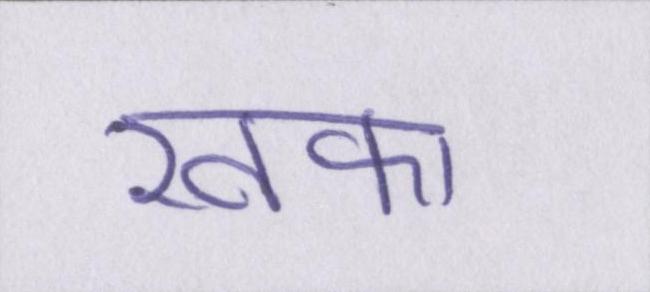
खफा